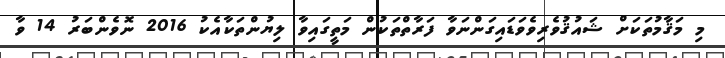
މި މަޤާމުތަކަށް ޝައުޤުވެރިވެވަޑައިގަންނަވާ ފަރާތްތަކުން މަތީގައިވާ ލިޔުންތަކާއެކު 2016 ނޮވެންބަރު 14 ވާ